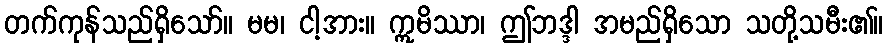
တက်ကုန်သည်ရှိသော်။ မမ၊ ငါ့အား။ ဣမိဿာ၊ ဤဘဒ္ဒါ အမည်ရှိသော သတို့သမီး၏။